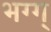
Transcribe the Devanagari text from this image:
भग्ग्